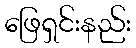
ဖြေရှင်းနည်း